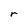
Character: r